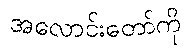
အလောင်းတော်ကို